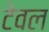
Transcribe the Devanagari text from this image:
टेवल